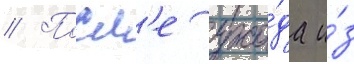
// Посл'е ухо́да и́з